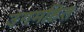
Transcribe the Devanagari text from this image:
उगमहित